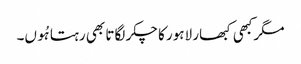
مگرکبھی کبھار لاہور کا چکر لگاتا بھی رہتا ہُوں۔